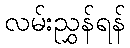
လမ်းညွှန်ရန်